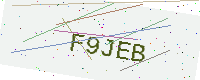
Text: F9JEB